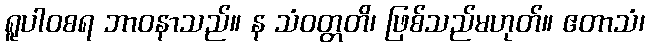
ရူပါဝစရ ဘာဝနာသည်။ န သံဝတ္တတိ၊ ဖြစ်သည်မဟုတ်။ ဧတာသံ၊